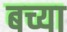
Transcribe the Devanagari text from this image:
बच्या